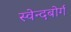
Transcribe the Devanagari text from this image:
स्वेन्दबोर्ग